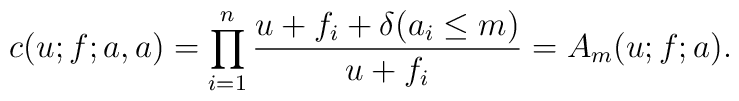
c(u;f;a,a) = \prod_{i=1}^n\frac{u+f_i +\delta(a_i\leq m)}{u+f_i} =  A_m(u;f;a).